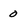
Character: 0